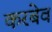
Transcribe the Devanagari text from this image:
करबेव